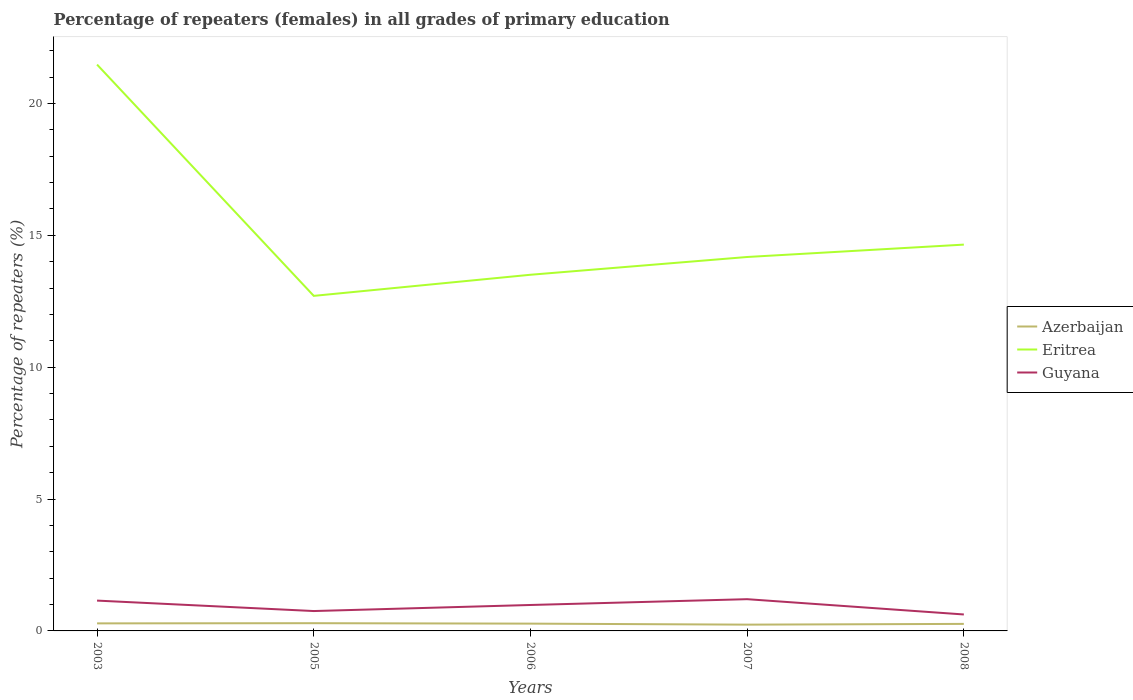
| Years | Azerbaijan | Eritrea | Guyana |
 | --- | --- | --- | --- |
 | 2003 | 0.286 | 21.5 | 1.15 |
 | 2005 | 0.293 | 12.7 | 0.753 |
 | 2006 | 0.277 | 13.5 | 0.983 |
 | 2007 | 0.238 | 14.2 | 1.2 |
 | 2008 | 0.267 | 14.6 | 0.624 |